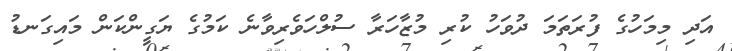
އަދި މިމަހުގެ ފުރަތަމަ ދުވަހު ކުރި މުޒާހަރާ ސުލްހަވެރިވާނެ ކަމުގެ ޔަގީންކަން މައިގަނޑު